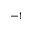
^ { - 1 }